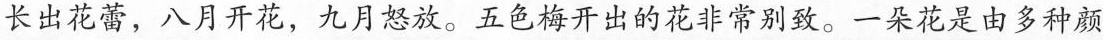
长出花蕾，八月开花，九月怒放。五色梅开出的花非常别致。一朵花是由多种颜